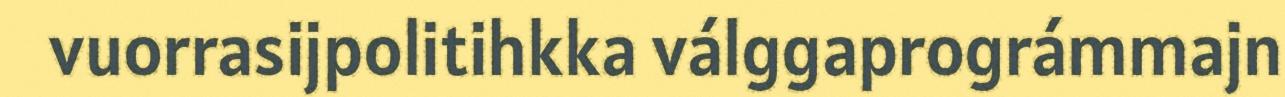
vuorrasijpolitihkka válggaprográmmajn